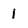
Character: I